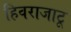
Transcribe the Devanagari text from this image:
हिवराजाटू